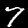
Digit: 7